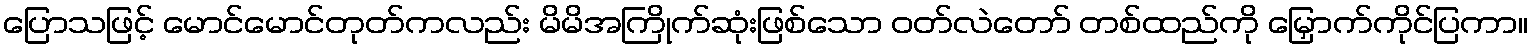
ပြောသဖြင့် မောင်မောင်တုတ်ကလည်း မိမိအကြိုက်ဆုံးဖြစ်သော ဝတ်လဲတော် တစ်ထည်ကို မြှောက်ကိုင်ပြကာ။